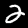
Digit: 2